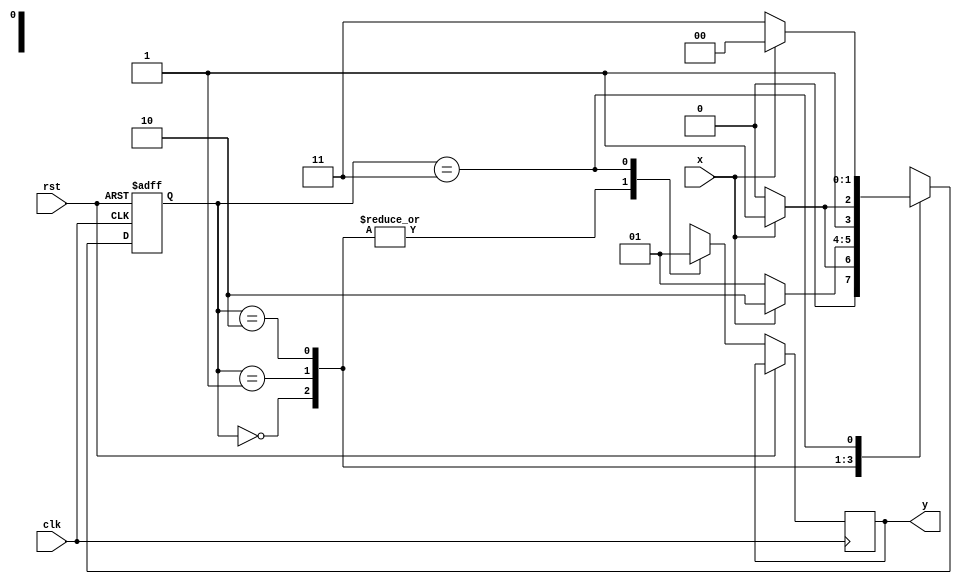
module FSM1(input x , clk , rst , output reg y);
parameter A = 2'b00;
parameter B = 2'b01;
parameter C = 2'b10;
parameter D = 2'b11;
reg [1:0]p,n;

always @(posedge clk or posedge rst)
begin
	if(rst) p = A;
	else
		begin
			case({p})
				A : 
					begin
						y = 0;
						if(x) n = B ;
						else n = A;
					end
				B : 
					begin
						y = 0;
						if(x) n = C;
						else n = B;
					end
				C : 
					begin
						y = 0;
						if(x) n = D;
						else n = C;
					end
				D : 
					begin
						y = 1;
						if(x) n = A;
						else n = D;
					end
			endcase
			p = n;
		end
	end
endmodule